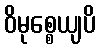
ဝိမုစ္စေယျပိ